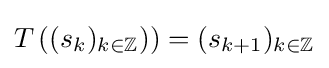
T\left((s_{k})_{k\in \mathbb {Z} })\right)=(s_{k+1})_{k\in \mathbb {Z} }